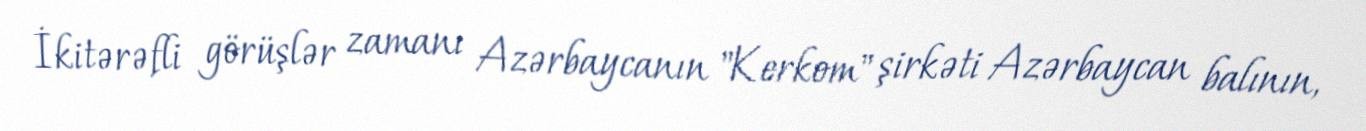
İkitərəfli görüşlər zamanı Azərbaycanın "Kerkom" şirkəti Azərbaycan balının,